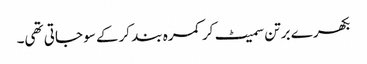
بکھرے برتن سمیٹ کر کمرہ بند کرکے سو جاتی تھی۔